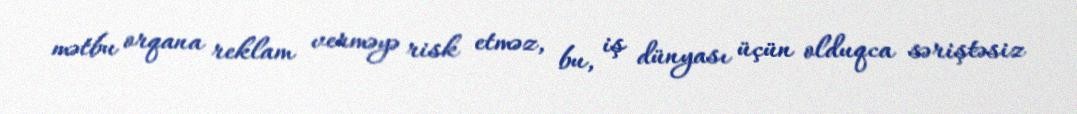
mətbu orqana reklam verməyə risk etməz, bu, iş dünyası üçün olduqca səriştəsiz